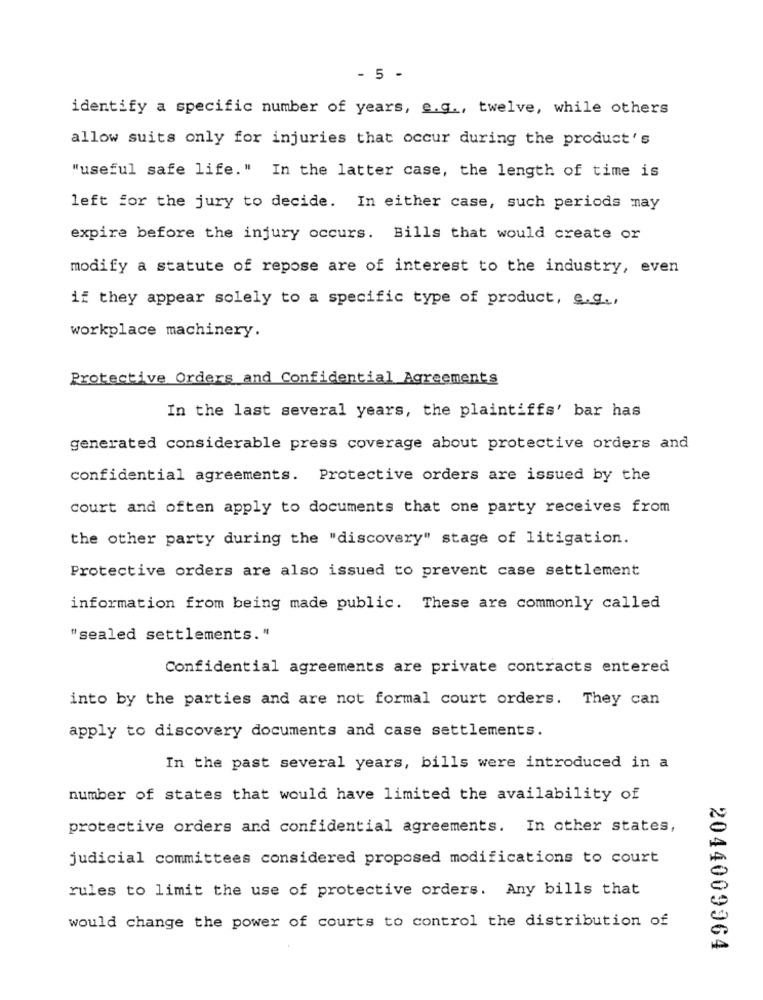
- 5 -
identify a specific number of years, e.g ., twelve, while others
allow suits only for injuries that occur during the product's
"useful safe life." In the latter case, the length of time is
left for the jury to decide. In either case, such periods may
expire before the injury occurs. Bills that would create or
modify a statute of repose are of interest to the industry, even
if they appear solely to a specific type of product, e.g .,
workplace machinery.
Protective Orders and Confidential Agreements
In the last several years, the plaintiffs' bar has
generated considerable press coverage about protective orders and
confidential agreements. Protective orders are issued by the
court and often apply to documents that one party receives from
the other party during the "discovery" stage of litigation.
Protective orders are also issued to prevent case settlement
information from being made public. These are commonly called
"sealed settlements."
Confidential agreements are private contracts entered
into by the parties and are not formal court orders. They can
apply to discovery documents and case settlements.
In the past several years, bills were introduced in a
number of states that would have limited the availability of
protective orders and confidential agreements. In other states,
judicial committees considered proposed modifications to court
rules to limit the use of protective orders. Any bills that
would change the power of courts to control the distribution of
2044009964